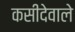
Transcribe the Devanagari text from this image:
कसीदेवाले